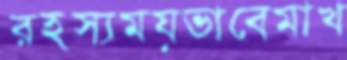
রহস্যময়ভাবেমাখ